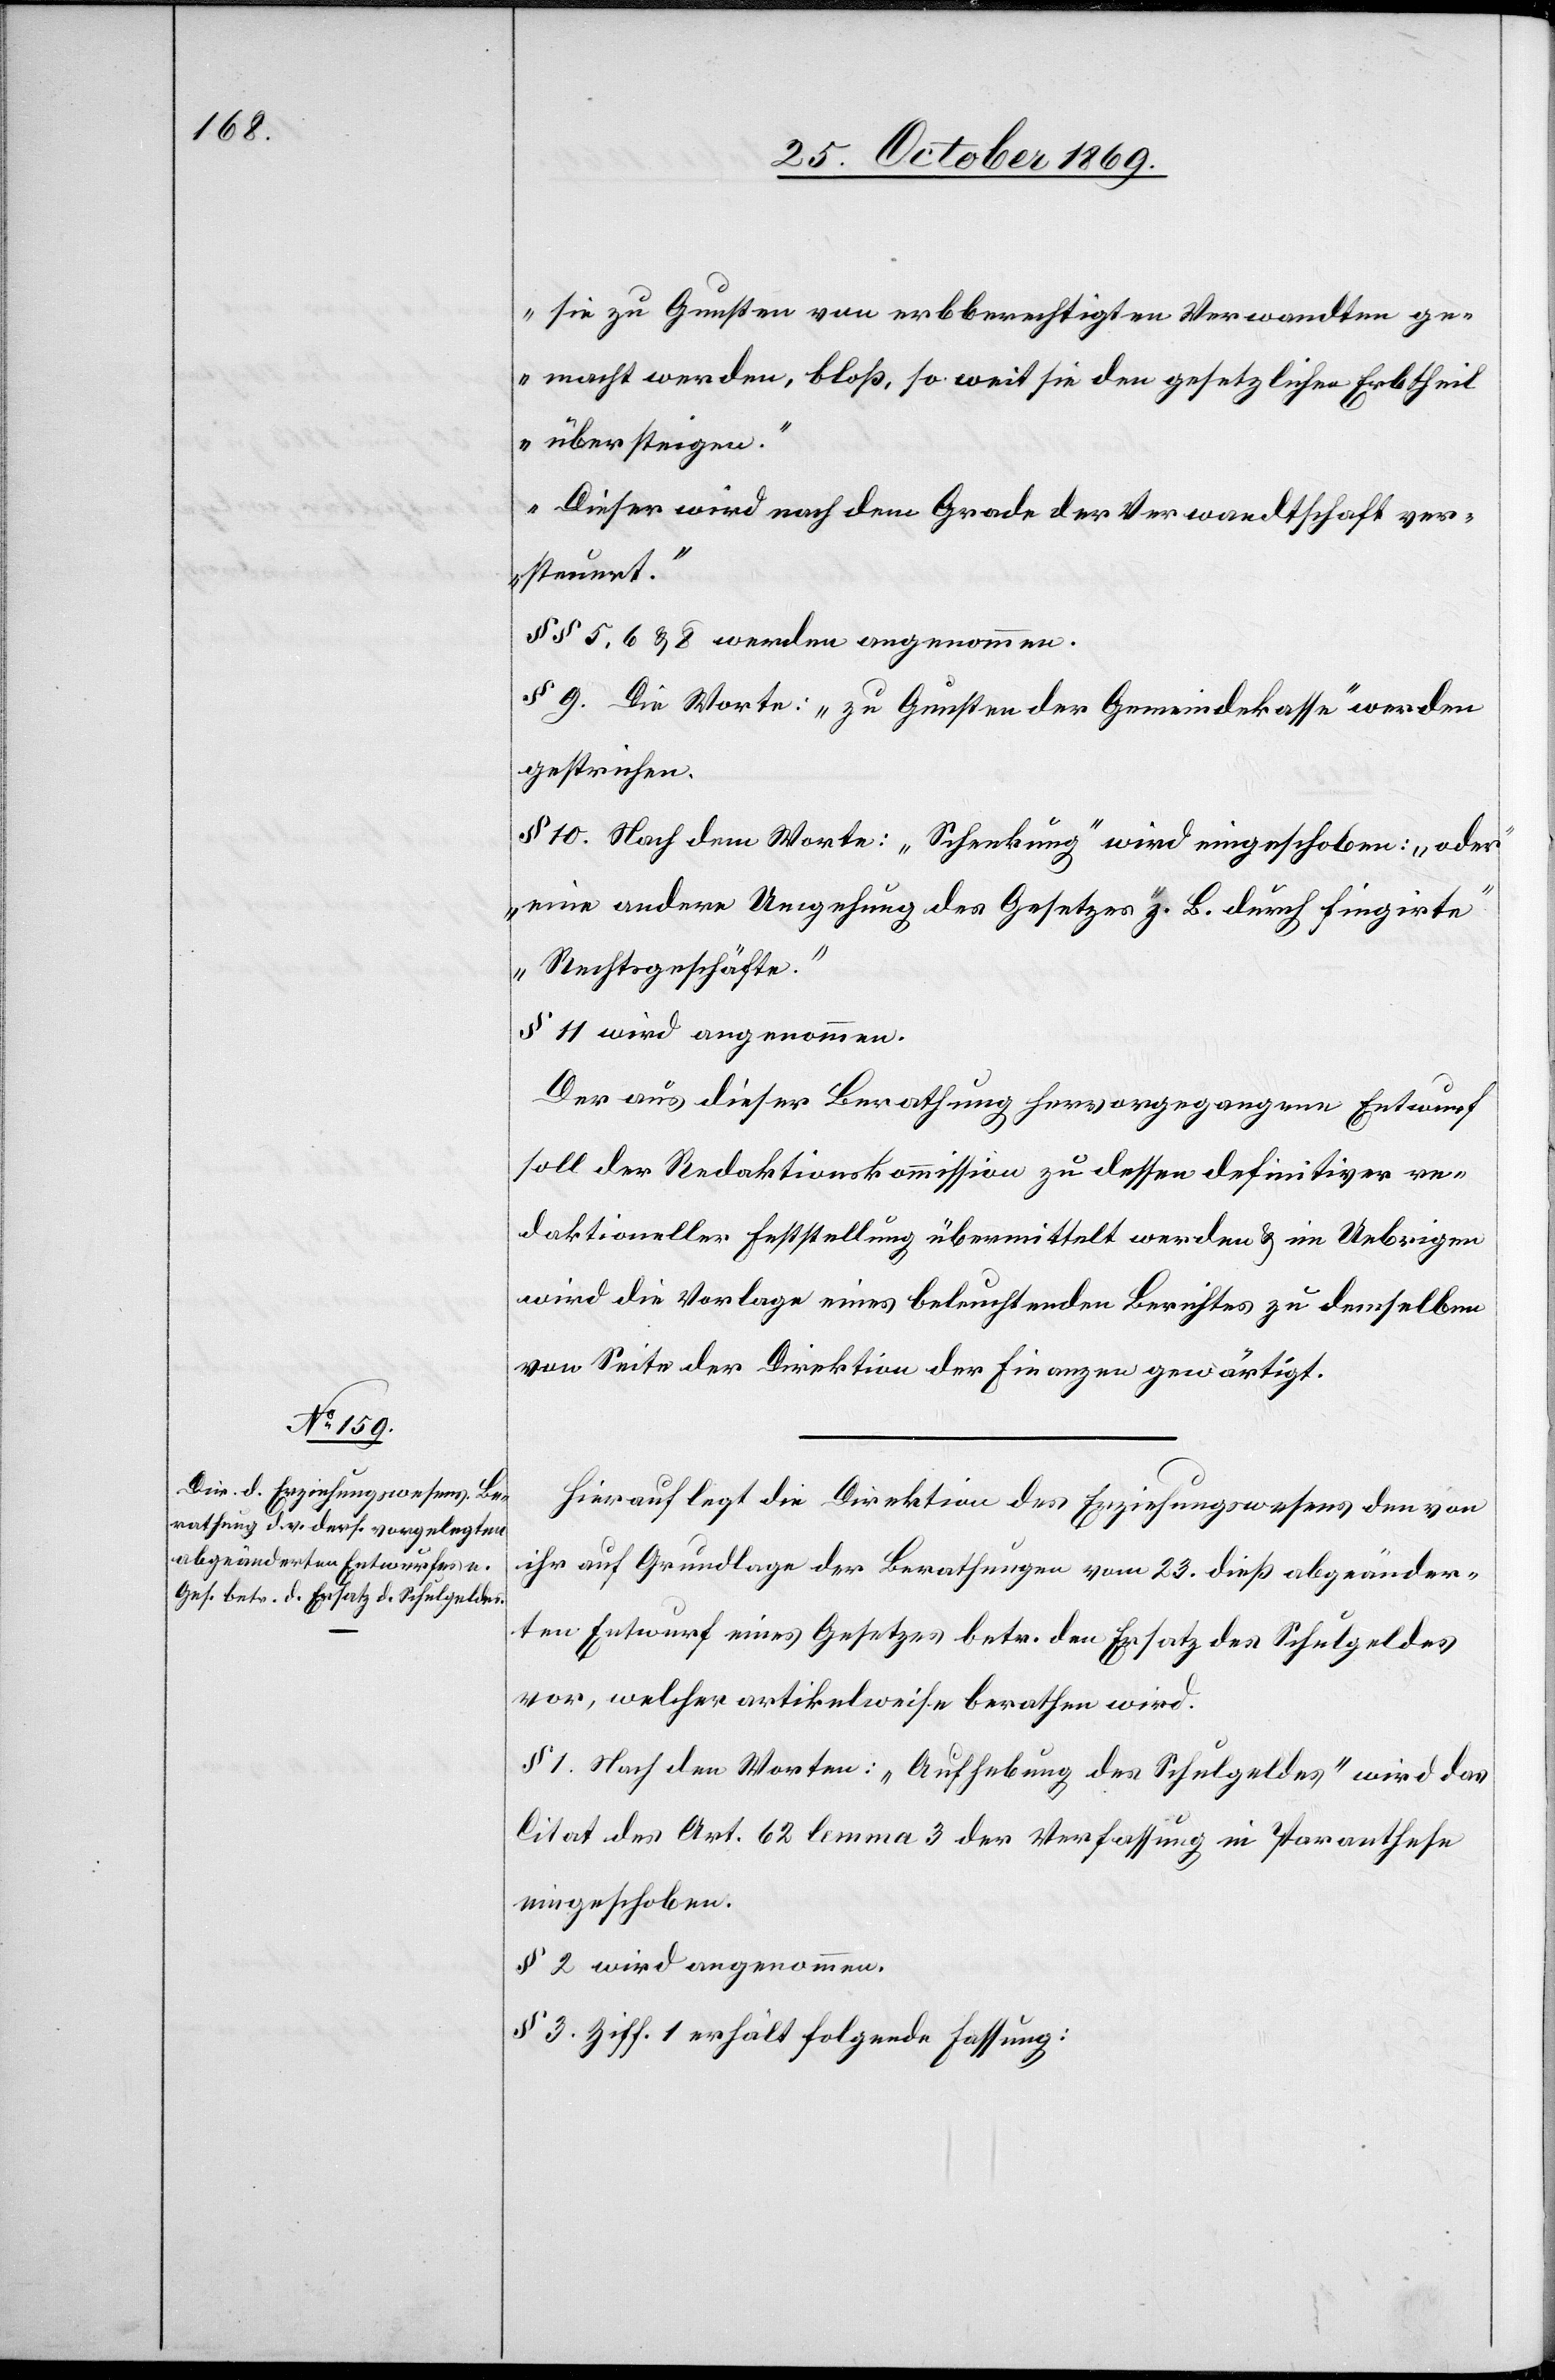
sie zu Gunsten von erbberechtigten Verwandten ge¬
macht werden, bloß, so weit sie den gesetzlichen Erbtheil
übersteigen.“
„Dieser wird nach dem Grade der Verwandtschaft ver¬
steuert.“
§§ 5, 6 & 8 werden angenommen.
§ 9. Die Worte: „zu Gunsten der Gemeindekasse“ werden
gestrichen.
§ 10. Nach dem Worte: „Schenkung“ wird eingeschoben: „oder
eine andere Umgehung des Gesetzes z. B. durch fingirte
Rechtsgeschäfte.“
§ 11 wird angenommen.
Der aus dieser Berathung hervorgegangene Entwurf
soll der Redaktionskommission zu dessen definitiver re¬
daktioneller Feststellung übermittelt werden & im Uebrigen
wird die Vorlage eines beleuchtenden Berichtes zu demselben
von Seite der Direktion der Finanzen gewärtigt.
Hierauf legt die Direktion des Erziehungswesens den von
ihr auf Grundlage der Berathungen vom 23. dieß abgeänder¬
ten Entwurf eines Gesetzes betr. den Ersatz des Schulgeldes
vor, welcher artikelweise berathen wird.
§ 1. Nach den Worten: „Aufhebung des Schulgeldes“ wird das
Citat des Art. 62 lemma 3 der Verfassung in Paranthese
eingeschoben.
§ 2 wird angenommen.
§ 3. Ziff. 1 erhält folgende Fassung: